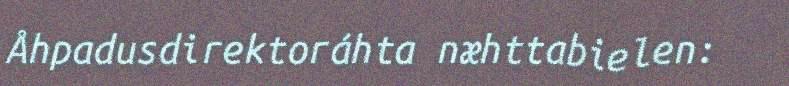
Åhpadusdirektoráhta næhttabielen: